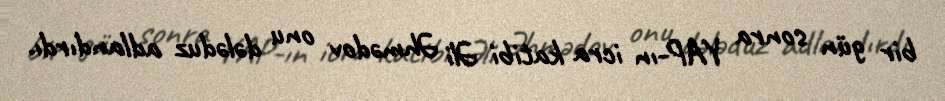
bir gün sonra YAP-ın icra katibi Əli Əhmədov onu dələduz adlandırdı.